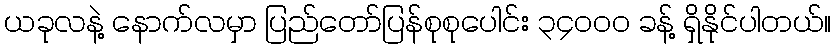
ယခုလနဲ့ နောက်လမှာ ပြည်တော်ပြန်စုစုပေါင်း ၃၄၀၀၀ ခန့် ရှိနိုင်ပါတယ်။